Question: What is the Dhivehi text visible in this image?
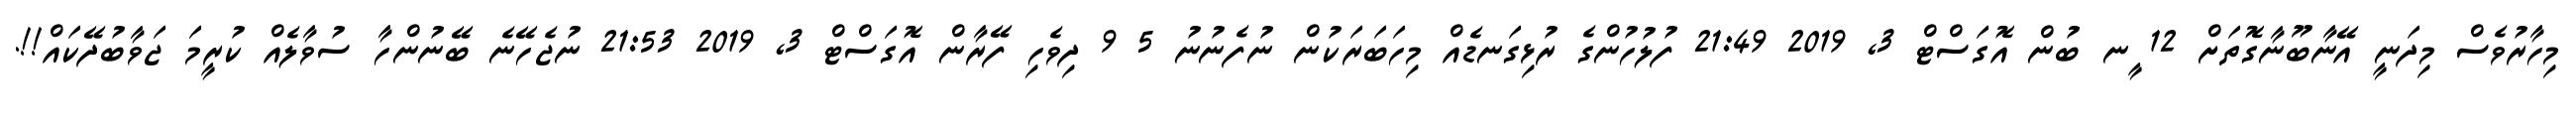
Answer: މިހާރުވެސް މިދަނީ އޭނާބޫނާގޮތަށް 12 ީނ ބުން އޮގަސްޓް 3, 2019 21:49 ފުލުހުންގެ ރުޅިގަނޑެއް މިހަބަރަކުން ނުފެނުނު 5 9 ދިވެހި ފޭރާން އޮގަސްޓް 3, 2019 21:53 ނުޖެހޭނެ ބޭނުންހާ ސުވާލެއް ކުރީމަ ޖަވާބުދޭކައް!!.